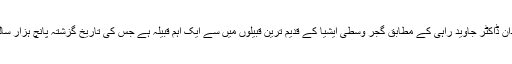
گجر محقق اور تاریخ دان ڈاکٹر جاوید راہی کے مطابق گجر وسطی ایشیا کے قدیم ترین قبیلوں میں سے ایک اہم قبیلہ ہے جس کی تاریخ گزشتہ پانچ ہزار سالوں پر پھیلی ہوئی ہے۔